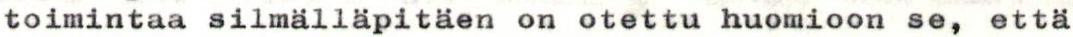
toimintaa silmälläpitäen on otettu huomioon se, että